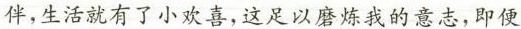
伴，生活就有了小欢喜，这足以磨炼我的意志，即便